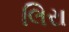
લિરા